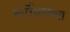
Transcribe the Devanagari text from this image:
सर्पोद्यानाचा